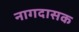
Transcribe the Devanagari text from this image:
नागदासक